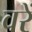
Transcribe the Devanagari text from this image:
वरें